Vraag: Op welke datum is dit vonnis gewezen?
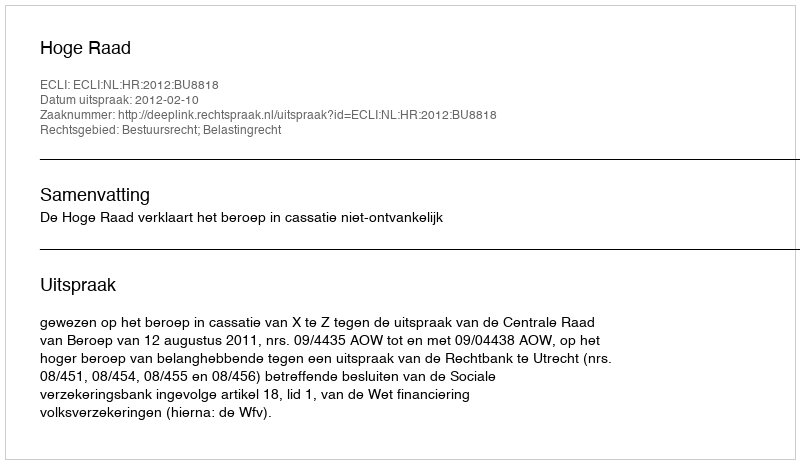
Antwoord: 2012-02-10